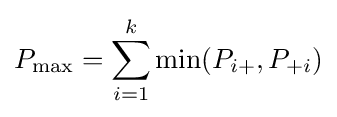
P_{\max }=\sum _{i=1}^{k}\min(P_{i+},P_{+i})